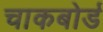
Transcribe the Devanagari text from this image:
चाकबोर्ड